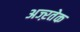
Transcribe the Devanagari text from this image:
अज्ऱतेक